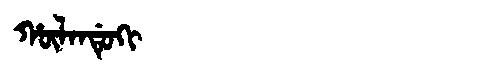
Manchu: ᡥᡡᠯᠠᠨᡩᡠᡴᡳ
Romanization: HŪLANDUKI